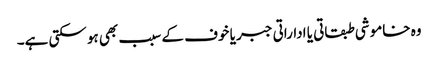
وہ خاموشی طبقاتی یا اداراتی جبر یا خوف کے سبب بھی ہو سکتی ہے۔